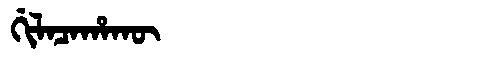
Manchu: ᡤᡳᠯᠠᠴᠠᡥᠠᡴᡡ
Romanization: GILACAHAKŪ